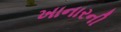
ખાનારની